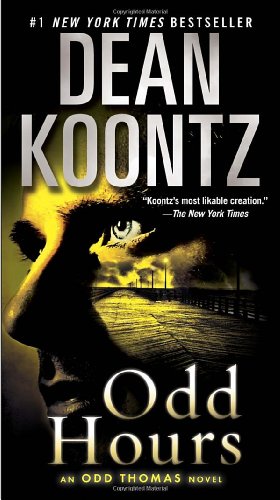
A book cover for Odd Hours: An Odd Thomas Novel; Dean Koontz; Mystery, Thriller & Suspense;